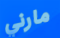
مارني